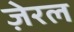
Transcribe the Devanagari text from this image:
ज़ेरल